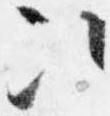
次